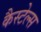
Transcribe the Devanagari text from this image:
कैस्टेल्स